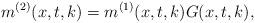
LaTeX: \begin{align*} m^{(2)}(x,t,k)=m^{(1)}(x,t,k)G(x,t,k),\end{align*}